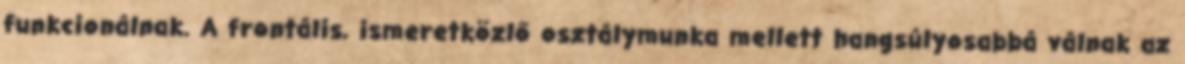
funkcionálnak. A frontális, ismeretközlő osztálymunka mellett hangsúlyosabbá válnak az